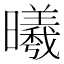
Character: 曦